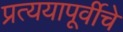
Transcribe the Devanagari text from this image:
प्रत्ययापूर्वीचे